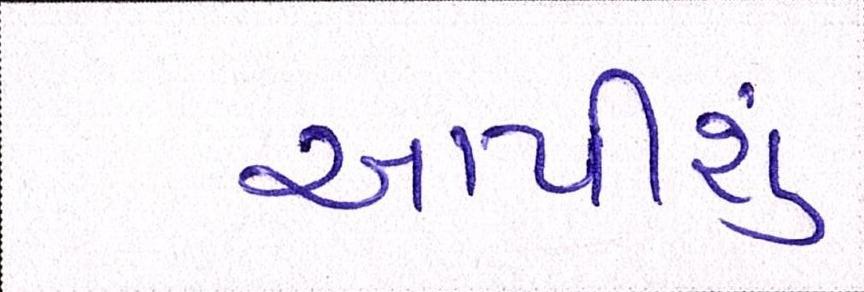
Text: આપીશું